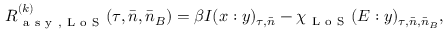
R _ { \mathrm { ~ a ~ s ~ y ~ , ~ L ~ o ~ S ~ } } ^ { ( k ) } ( \tau , \bar { n } , \bar { n } _ { B } ) = \beta I ( x : y ) _ { \tau , \bar { n } } - \chi _ { \mathrm { ~ L ~ o ~ S ~ } } ( E : y ) _ { \tau , \bar { n } , \bar { n } _ { B } } ,